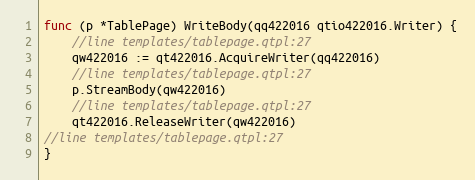
Language: Go
func (p *TablePage) WriteBody(qq422016 qtio422016.Writer) {
	//line templates/tablepage.qtpl:27
	qw422016 := qt422016.AcquireWriter(qq422016)
	//line templates/tablepage.qtpl:27
	p.StreamBody(qw422016)
	//line templates/tablepage.qtpl:27
	qt422016.ReleaseWriter(qw422016)
//line templates/tablepage.qtpl:27
}